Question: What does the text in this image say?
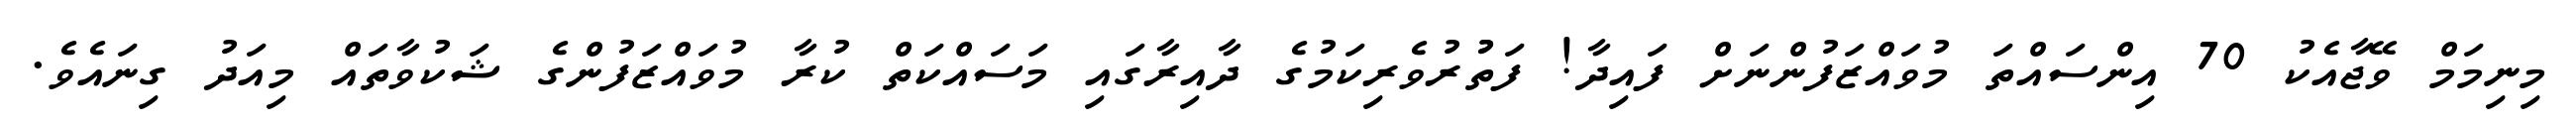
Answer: މިނިމަމް ވޭޖާއެކު 70 އިންސައްތަ މުވައްޒަފުންނަށް ފައިދާ! ފަތުުރުވެރިކަމުގެ ދާއިރާގައި މަސައްކަތް ކުރާ މުވައްޒަފުންގެ ޝަކުވާތައް މިއަދު ގިނައެވެ.